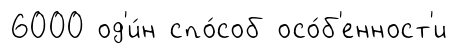
6000 од'и́н спо́соб осо́б'енност'и